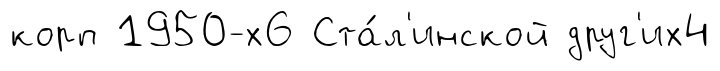
корп 1950-х6 Ста́л'инской друг'их4